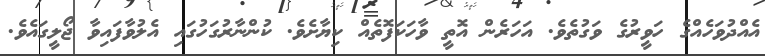
އެއްދުވަހެއްގެ ހަވީރުގެ ވަގުތެވެ. އަހަރެން އޮތީ ވާހަކަފޮތެއް ކިޔާށެވެ. ކުންނާރުގަހުގައި އެލުވާފައިވާ ޖޯލީގައެވެ.